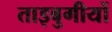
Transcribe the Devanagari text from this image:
ताइबुगीयों